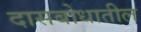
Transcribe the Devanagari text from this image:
दासबोधातील